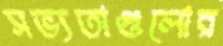
সভ্যতাগুলোর